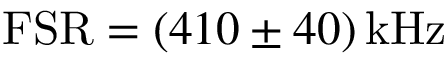
\mathrm { F S R } = ( 4 1 0 \pm 4 0 ) \, \mathrm { k H z }